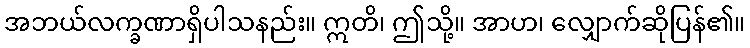
အဘယ်လက္ခဏာရှိပါသနည်း။ ဣတိ၊ ဤသို့။ အာဟ၊ လျှောက်ဆိုပြန်၏။